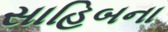
સાહિબના